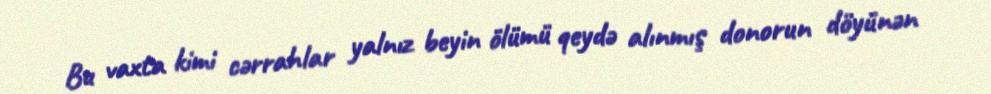
Bu vaxta kimi cərrahlar yalnız beyin ölümü qeydə alınmış donorun döyünən